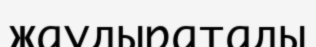
жаудыратады